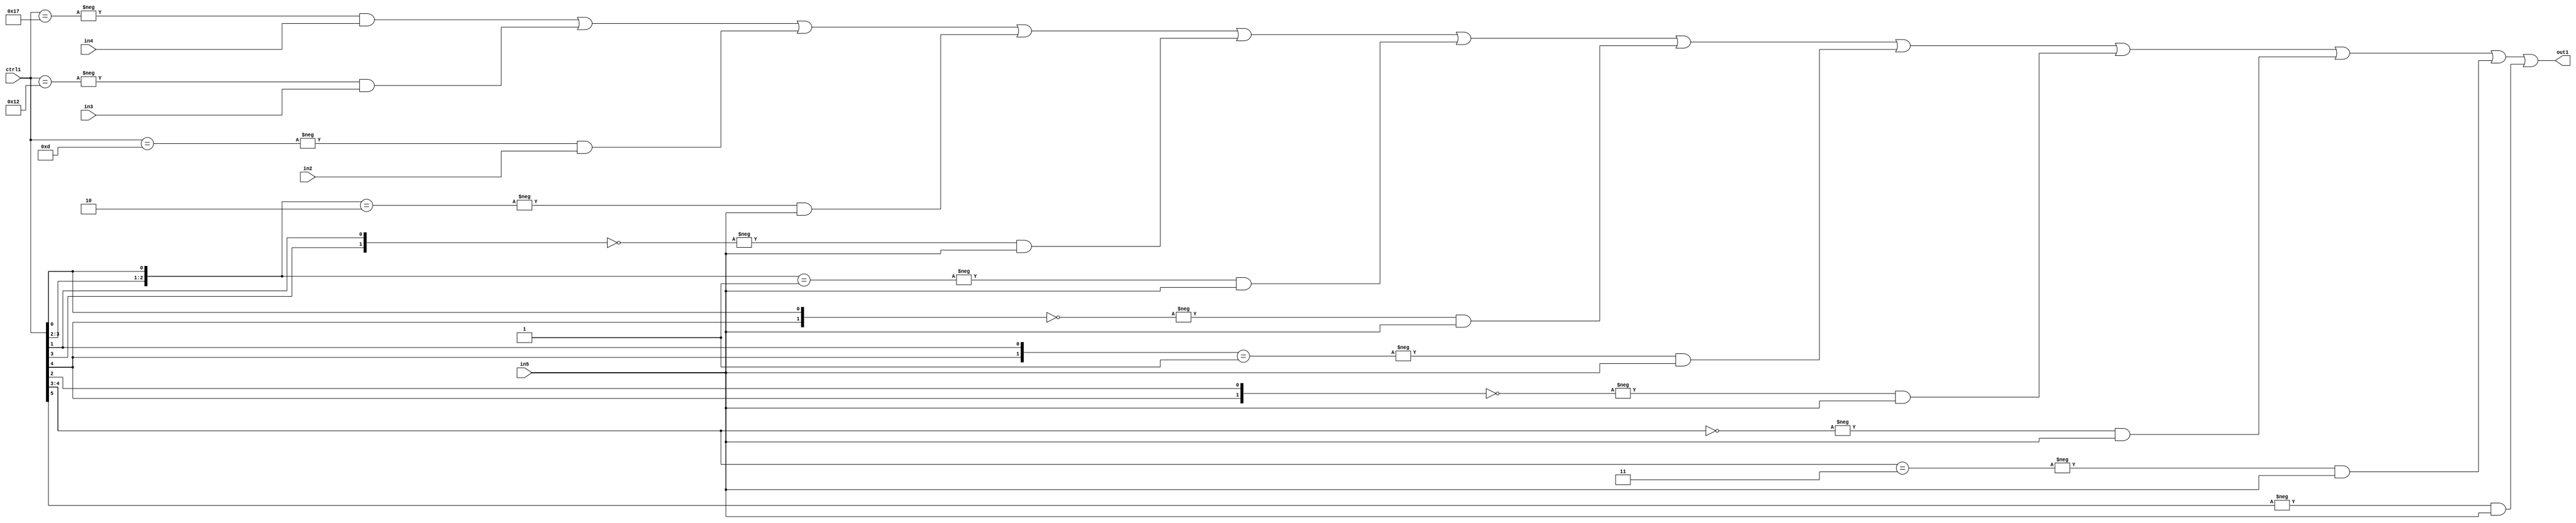
`timescale 1ps / 1ps
/*****************************************************************************
    Verilog RTL Description
    
    
    Created by: Stratus DpOpt 21.05.01 
*******************************************************************************/

module SobelFilter_N_Mux_32_4_36_1 (
	in5,
	in4,
	in3,
	in2,
	ctrl1,
	out1
	); /* architecture "behavioural" */ 
input [31:0] in5;
input [8:0] in4,
	in3,
	in2;
input [5:0] ctrl1;
output [31:0] out1;
wire [31:0] asc001;

assign asc001 = 
	-{ctrl1 == 6'B010111} & in4 |
	-{ctrl1 == 6'B010010} & in3 |
	-{ctrl1 == 6'B001101} & in2 |
	-{{ctrl1[3:2], ctrl1[0]} == 3'B010} & in5 |
	-{{ctrl1[3], ctrl1[1]} == 2'B00} & in5 |
	-{{ctrl1[3:2], ctrl1[0]} == 3'B001} & in5 |
	-{{ctrl1[4], ctrl1[0]} == 2'B00} & in5 |
	-{{ctrl1[4], ctrl1[1]} == 2'B01} & in5 |
	-{{ctrl1[4], ctrl1[2]} == 2'B00} & in5 |
	-{ctrl1[4:3] == 2'B00} & in5 |
	-{ctrl1[4:3] == 2'B11} & in5 |
	-{ctrl1[5] == 1'B1} & in5 ;

assign out1 = asc001;
endmodule

/* CADENCE  vbnyTA4= : u9/ySxbfrwZIxEzHVQQV8Q== ** DO NOT EDIT THIS LINE ******/